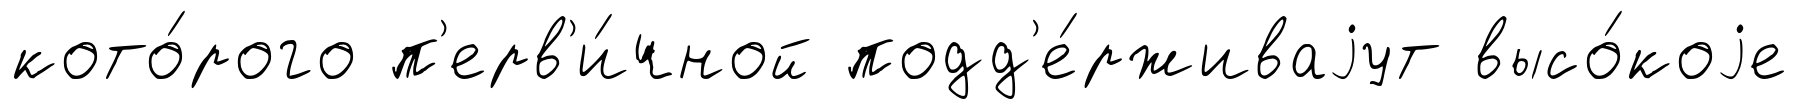
кото́рого п'ерв'и́чной подд'е́рживаjут высо́коjе